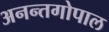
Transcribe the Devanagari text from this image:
अनन्तगोपाल